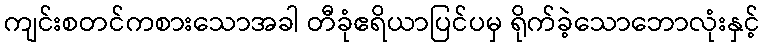
ကျင်းစတင်ကစားသောအခါ တီခုံဧရိယာပြင်ပမှ ရိုက်ခဲ့သောဘောလုံးနှင့်